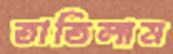
তাতিলাম